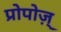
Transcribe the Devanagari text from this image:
प्रोपोज़्